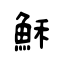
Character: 穌